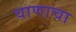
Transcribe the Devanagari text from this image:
वाणाचा